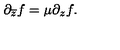
\partial _ { \overline { { z } } } f = \mu \partial _ { z } f .